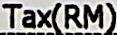
TAX(RM)